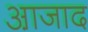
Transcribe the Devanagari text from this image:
आ़जाद